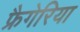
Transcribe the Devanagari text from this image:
फ्रैगेरिया